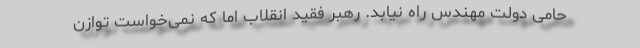
حامی دولت مهندس راه نیابد. رهبر فقید انقلاب اما که نمی‌خواست توازن